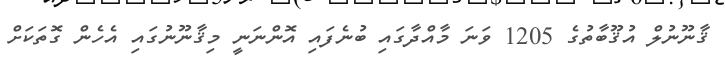
ޤާނޫނުލް އުޤޫބާތުގެ 1205 ވަނަ މާއްދާގައި ބުނެފައި އޮންނަނީ މިޤާނޫނުގައި އެހެން ގޮތަކަށް